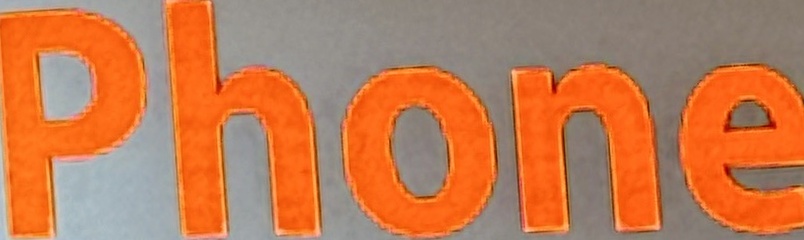
Phone